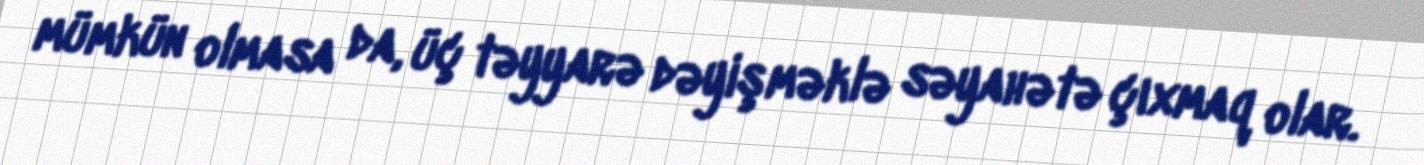
mümkün olmasa da, üç təyyarə dəyişməklə səyahətə çıxmaq olar.